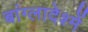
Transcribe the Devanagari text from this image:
बांग्लादेश्में